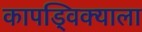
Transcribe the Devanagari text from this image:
कापड्विक्याला